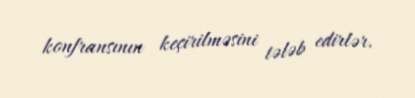
konfransının keçirilməsini tələb edirlər.